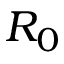
R _ { 0 }